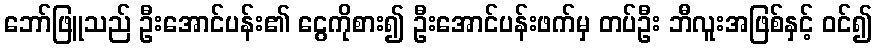
ဘော်ဖြူသည် ဦးအောင်ပန်း၏ ငွေကိုစား၍ ဦးအောင်ပန်းဖက်မှ တပ်ဦး ဘီလူးအဖြစ်နှင့် ဝင်၍